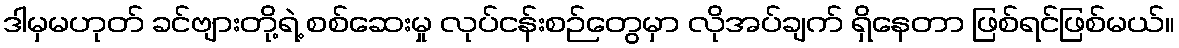
ဒါမှမဟုတ် ခင်ဗျားတို့ရဲ့ စစ်ဆေးမှု လုပ်ငန်းစဉ်တွေမှာ လိုအပ်ချက် ရှိနေတာ ဖြစ်ရင်ဖြစ်မယ်။